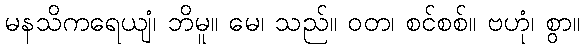
မနသိကရေယျံ၊ ဘိမူ။ မေ၊ သည်။ ဝတ၊ စင်စစ်။ ဗဟုံ၊ စွာ။